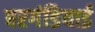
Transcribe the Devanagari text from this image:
बरगंडियाई